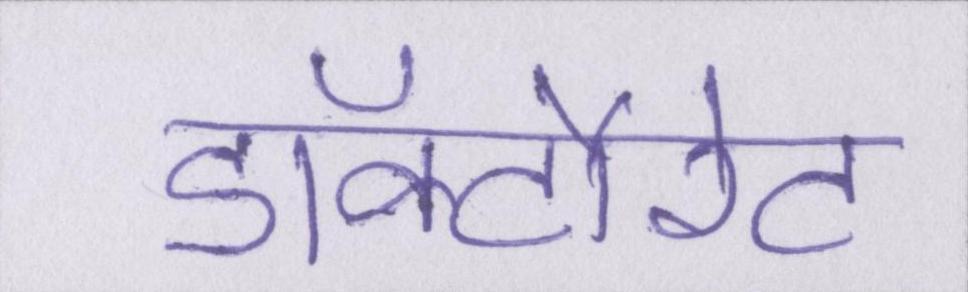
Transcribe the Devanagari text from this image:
डॉक्टौरेट